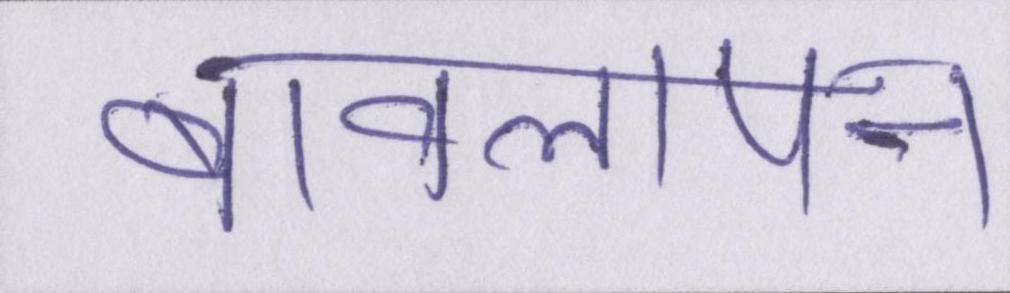
बावलापन